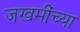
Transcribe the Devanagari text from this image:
जखमींच्या